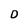
Character: O